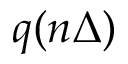
q ( n \Delta )